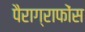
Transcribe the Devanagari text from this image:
पैराग्राफोंस